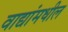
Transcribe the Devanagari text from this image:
वाद्यांमधील